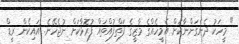
" މީހަކު ދެނެގަންނާކަށް އެމީހެއްގެ މާޒީގެ ފަތްފުއްތައް ފުރޮޅާކަށް ނުޖެހޭނެ. އައިކެން ރީޑް